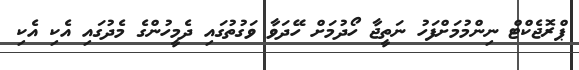
ޕްރޮޖެކްޓް ނިންމުމަށްފަހު ނަތީޖާ ހޯދުމަށް ހޭދަވާ ވަގުތުގައި ދެމީހުންގެ މެދުގައި އެކި އެކި